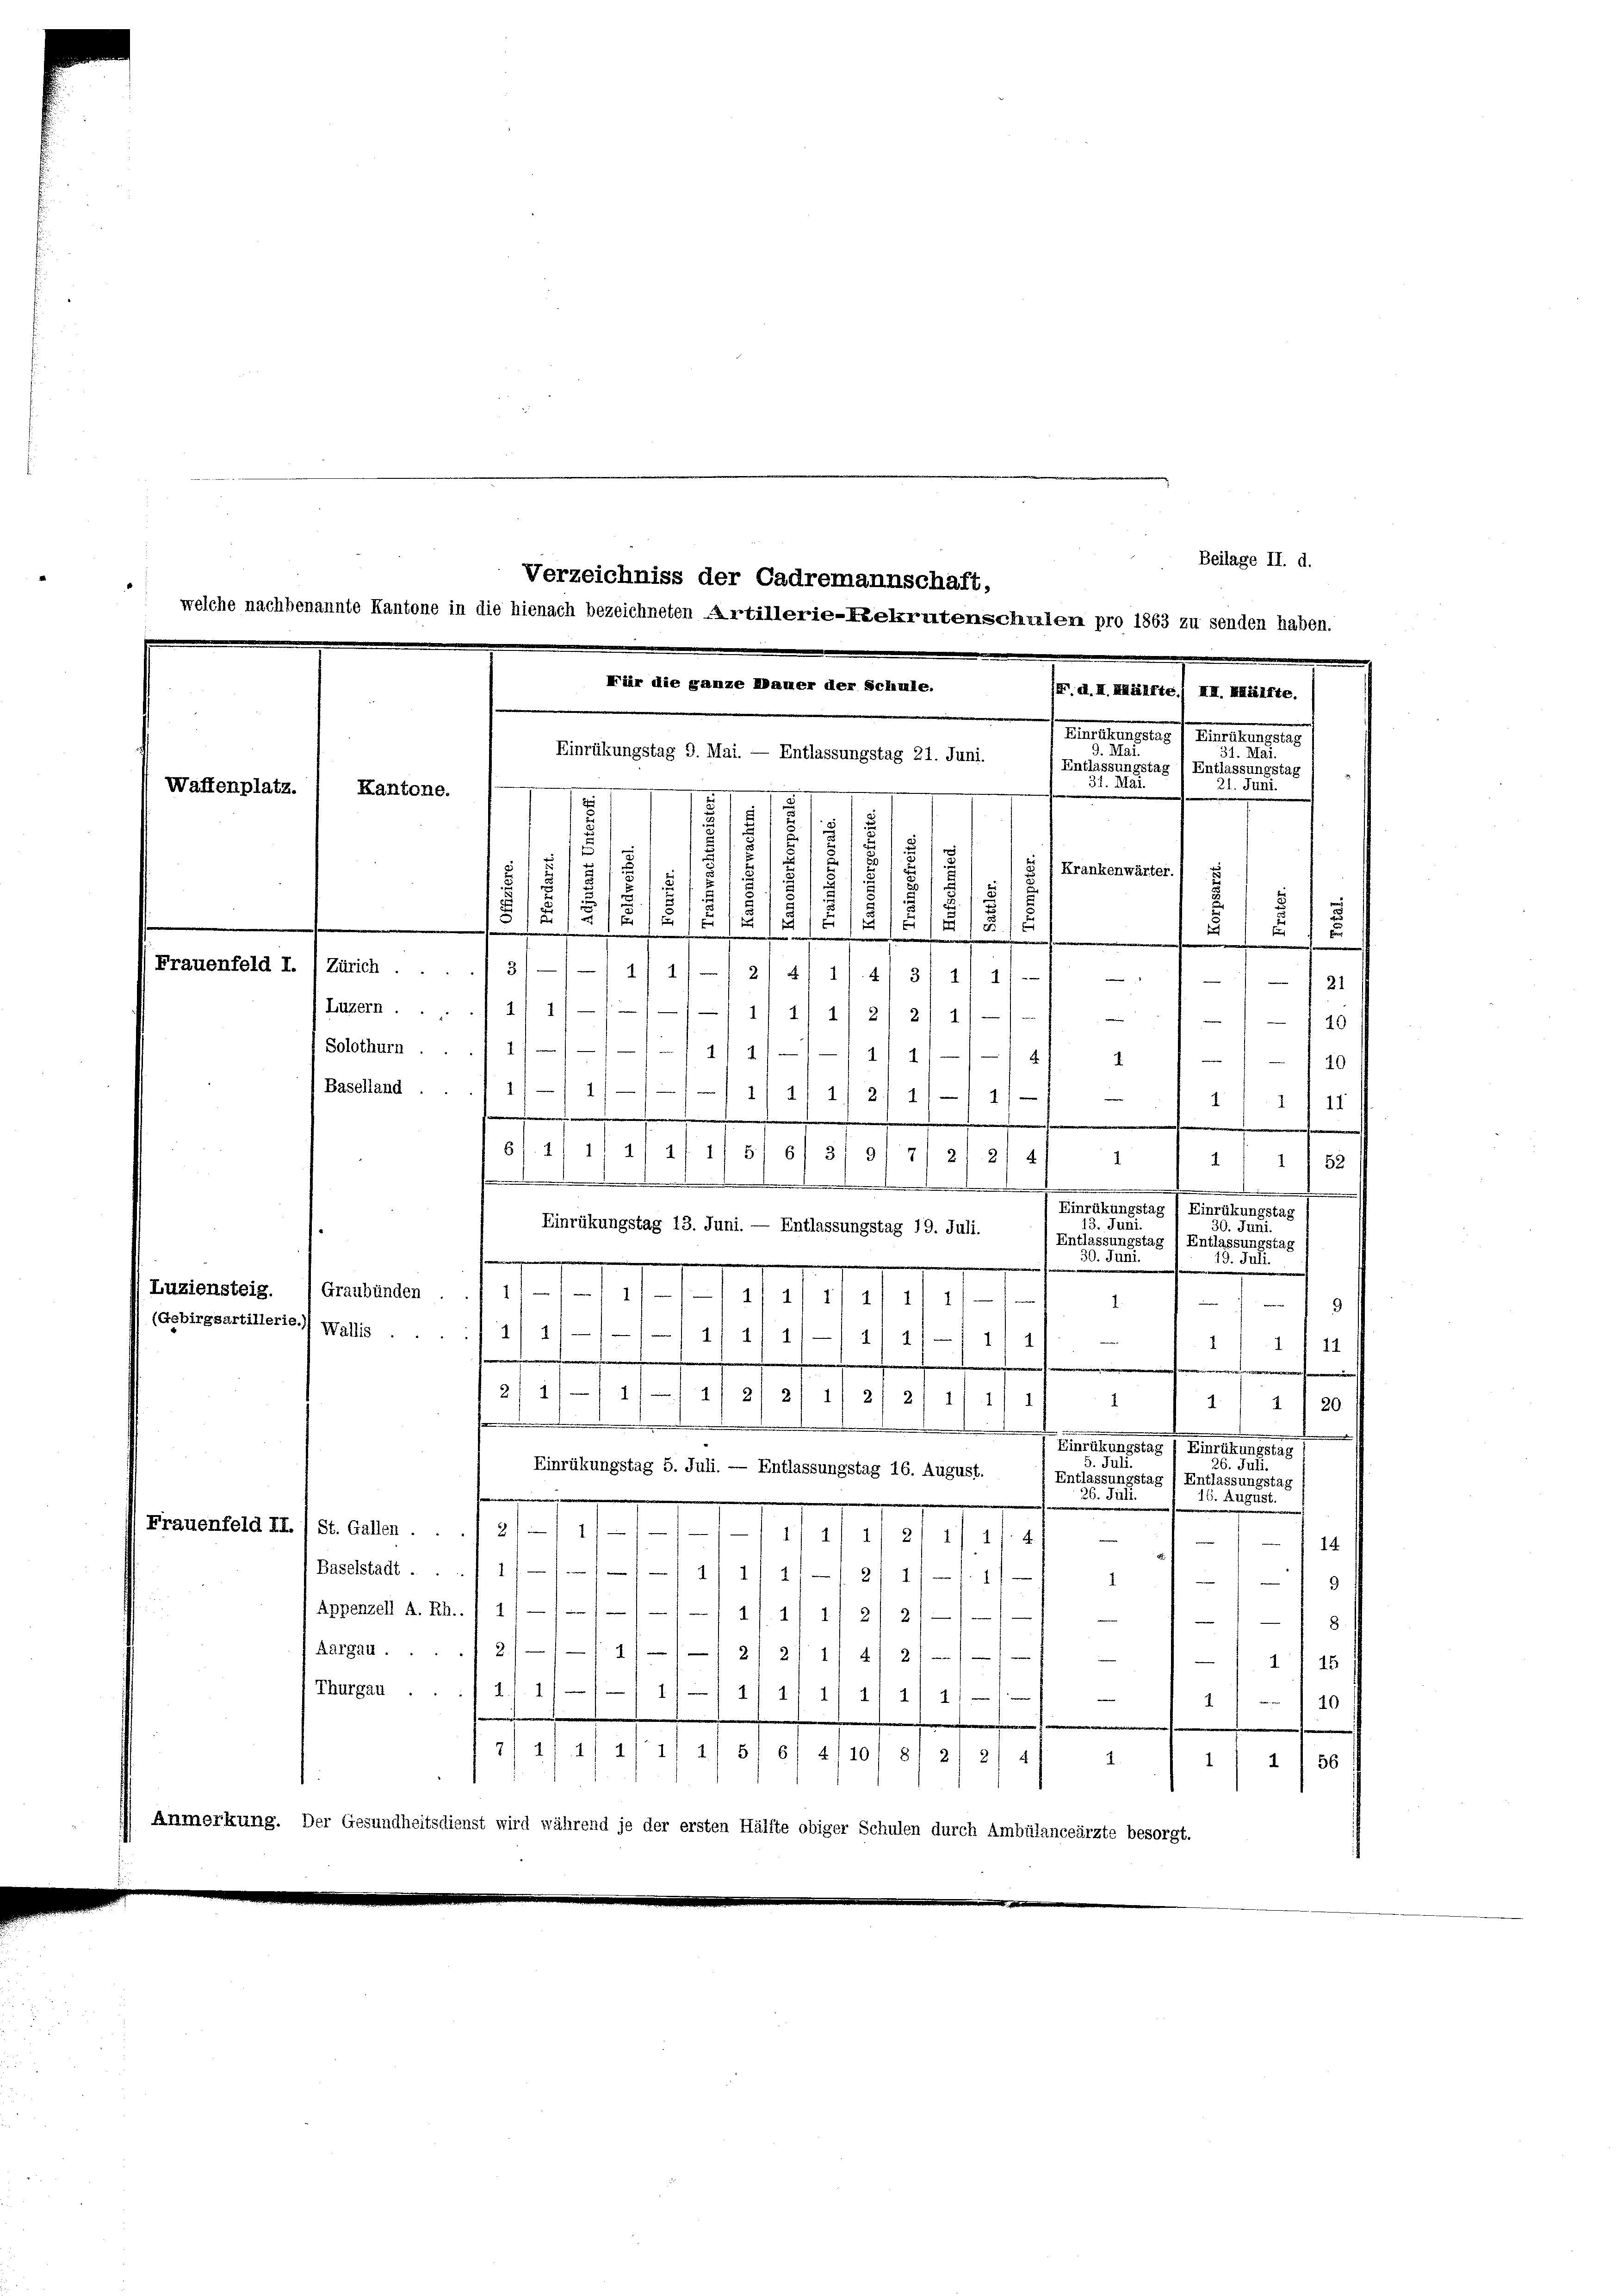
Für die ganze Mauer der Schule.
F. d. II. Hälfte) III. Mälfte.
Mutternels. f. Dienstematis 1

31.
Einrükungstag 9. Mai. — Entlassungstag 21. Juni.

Waffenplatz.

)Entlassungstag 1 Entlassungstag
31. Mai.
21. M.
Kantone.

s
Krankenwärter.
.
.
.
d

Frauenfeld I. 1 Zürich .... 3/—)—11/11—214/ 11. 4) 3) 1) i

21
1—11/1 11 2/ 2/ 1
.
/10
1
2/211—214
4
149
1
1
1
2/4/4/2/ 1/1 1
.
2
I
11
.
u
e
e
5f. 2111 414 f 1/5/6/ 3/3
7)

1
1 1 52
.

.
Einrükungstag / Einrükungstag
15. Jani.
30. Juni
Einrükungstag 13. Juni. — Entlassungstag 19. Juli.
(Entlassungstag / Entlassungstag
2.
13. Mi
9
1
2/1
 2 f 2 1/2 g
1
2
11

21 1/
11/4/2/2/ 1/ 21 2/ 1/ 1/ 1
1
1 1/20
.
.
e
Fraentstag 1. Dieselben geg
d. d.
26. Juli.
Einrükungstag 5. Juli. — Entlassungstag 16. August.
Entlassungstag f Entlassungstag /
. M.
20. d.
Frauenfeld II. / St. Gallen . . ./ 2/1
111/ 1, 21 1/ 11. 4)
14.
(Baselstadt . . . 1 1/
/11 11 2/12/ 1/1. 17
1

9
Appenzell A. Rh.. / 4
4/11 1/2/ 21
8./
Aargau.
2.
92/211/4/ 211
11 15
Thurgau ... 2). 1
1/11/11 11 1 1/

140
2/4/11/11 1/5/6/ 4110/81 21 2/41 2
/56
1
Anmerkung. Der Gesundheitsdienst wird während je der ersten Hälfte obiger Schulen durch Ambülanceärzte besorgt.

Luzern) 11 1
Solothurn.
(Baselland.

Beilage II. d.
Verzeichniss der Cadremannschaft,
welche nachbenannte Kantone in die hienach bezeichneten Artillerie-Rekrutenschulen pro 1863 zu senden haben.

Luziensteig. (Graubünden . . 11) — 1
(Gebirgsartillerie. Wallis

5
1

1
1
.
.
.
5
.
1
151
1
1
u
ne
f
e

14/ 111 2/ 1/ 1

7